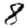
Digit: 8